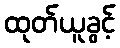
ထုတ်ယူခွင့်